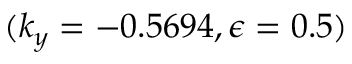
( k _ { y } = - 0 . 5 6 9 4 , \epsilon = 0 . 5 )